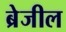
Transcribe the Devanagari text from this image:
ब्रेजील